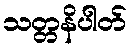
သတ္တနိပါတ်